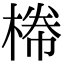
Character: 𣕂